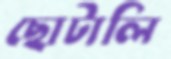
ছোটালি